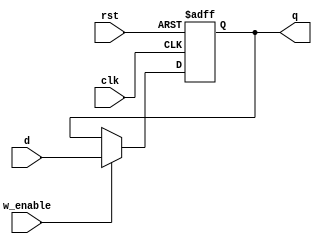
module buffer #(parameter N = 32) (input [N-1:0] d, input clk, rst, w_enable, output reg [N-1:0] q);

	always@(posedge clk, negedge rst) begin

		if(!rst) 
			q <= 0;

		else begin
 
			if(w_enable) 
				q <= d;
		end
	end

endmodule